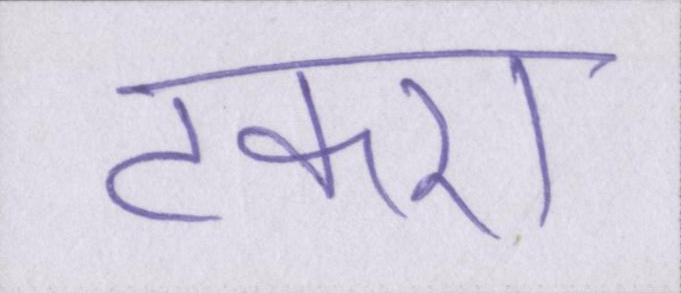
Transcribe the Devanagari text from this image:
टकरा